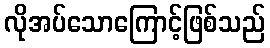
လိုအပ်သောကြောင့်ဖြစ်သည်